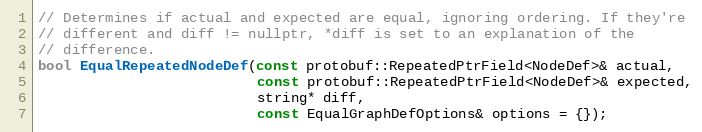
Language: C
// Determines if actual and expected are equal, ignoring ordering. If they're
// different and diff != nullptr, *diff is set to an explanation of the
// difference.
bool EqualRepeatedNodeDef(const protobuf::RepeatedPtrField<NodeDef>& actual,
                          const protobuf::RepeatedPtrField<NodeDef>& expected,
                          string* diff,
                          const EqualGraphDefOptions& options = {});